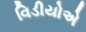
વિડીયોએ